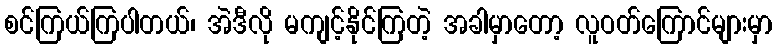
စင်ကြယ်ကြပါတယ်၊ အဲဒီလို မကျင့်နိုင်ကြတဲ့ အခါမှာတော့ လူဝတ်ကြောင်များမှာ